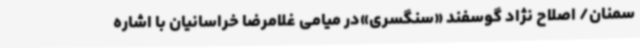
سمنان/ اصلاح نژاد گوسفند «سنگسری»در میامی غلامرضا خراسانیان با اشاره